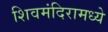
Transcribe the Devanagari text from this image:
शिवमंदिरामध्ये